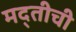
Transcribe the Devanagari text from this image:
मद्तीची